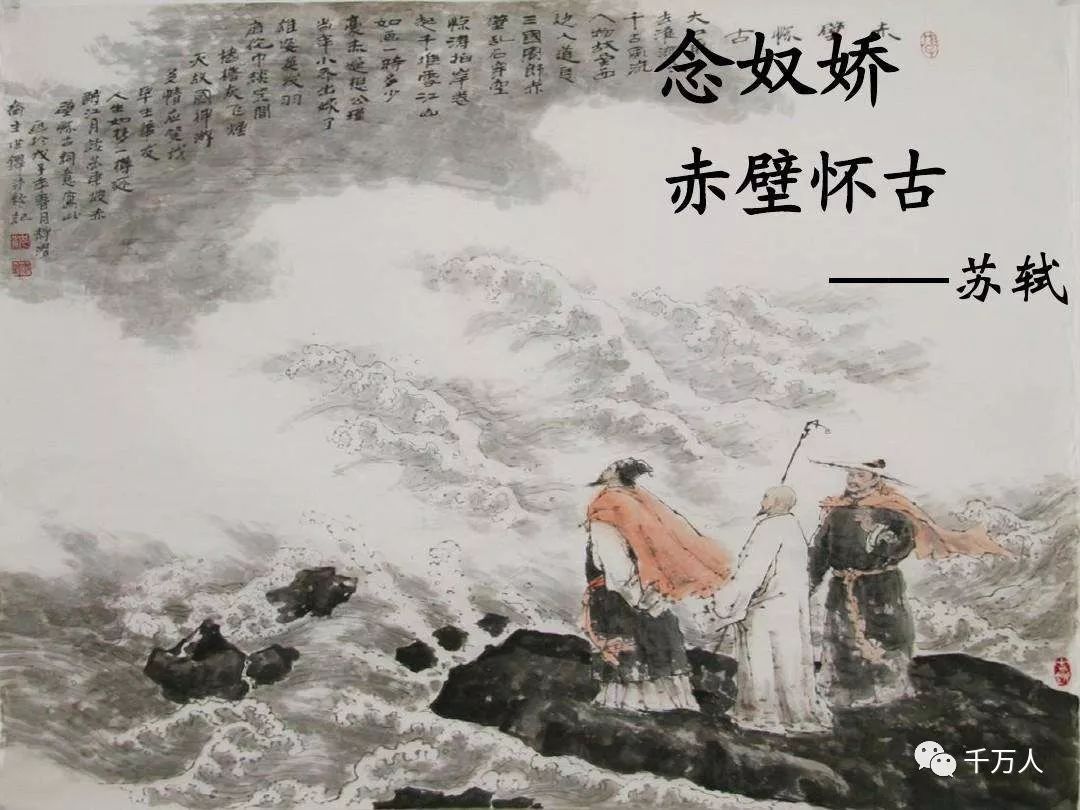
大江东去，浪淘尽，千古风流人物。